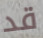
قد